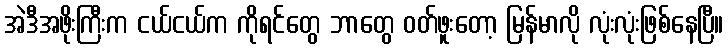
အဲဒီအဖိုးကြီးက ငယ်ငယ်က ကိုရင်တွေ ဘာတွေ ဝတ်ဖူးတော့ မြန်မာလို လုံးလုံးဖြစ်နေပြီ။